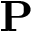
\mathbf { P }